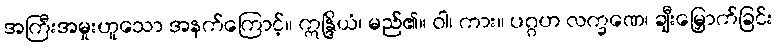
အကြီးအမှုးဟူသော အနက်ကြောင့်။ ဣန္ဒြိယံ၊ မည်၏။ ဝါ၊ ကား။ ပဂ္ဂဟ လက္ခဏေ၊ ချီးမြှောက်ခြင်း